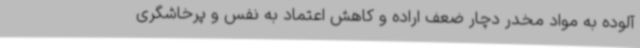
آلوده به مواد مخدر دچار ضعف اراده و کاهش اعتماد به نفس و پرخاشگری